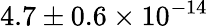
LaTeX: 4.7\pm{0.6}\times 10^{-14}